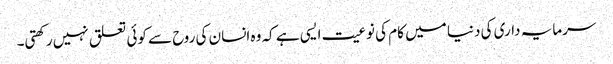
سرمایہ داری کی دنیا میں کام کی نوعیت ایسی ہے کہ وہ انسان کی روح سے کوئی تعلق نہیں رکھتی۔